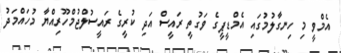
އެމްވީ މި ހިނގާލުމުގައި އެމްޑީޕީގެ ވަގުތީ ރައީސް އަދި ކުރީގެ ރައީސުލްޖުމްހޫރިއްޔާ މުހައްމަދު